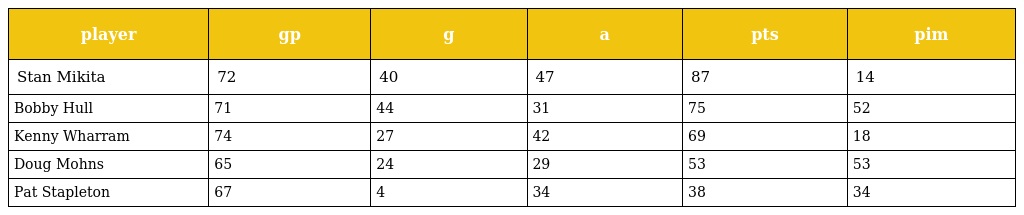
| player | gp | g | a | pts | pim |
 | --- | --- | --- | --- | --- | --- |
 | Stan Mikita | 72 | 40 | 47 | 87 | 14 |
 | Bobby Hull | 71 | 44 | 31 | 75 | 52 |
 | Kenny Wharram | 74 | 27 | 42 | 69 | 18 |
 | Doug Mohns | 65 | 24 | 29 | 53 | 53 |
 | Pat Stapleton | 67 | 4 | 34 | 38 | 34 |